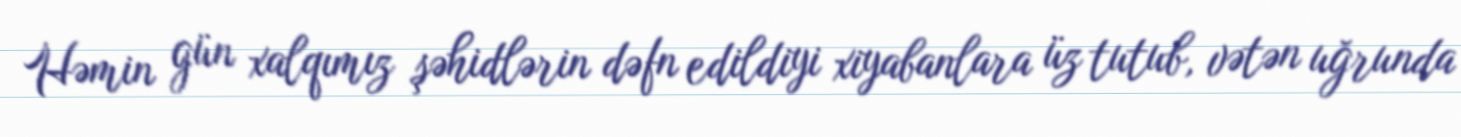
Həmin gün xalqımız şəhidlərin dəfn edildiyi xiyabanlara üz tutub, vətən uğrunda